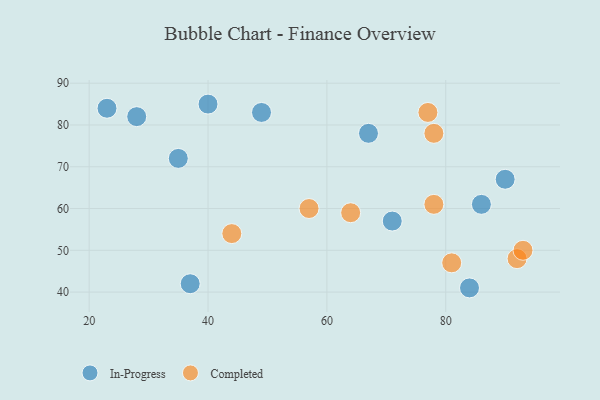
{"axis": {"x": "GDP", "y": "Life Expectancy"}, "legend": ["Completed", "In-Progress"], "data": [{"x": "23", "y": 84, "type": "In-Progress"}, {"x": "90", "y": 67, "type": "In-Progress"}, {"x": "35", "y": 72, "type": "In-Progress"}, {"x": "28", "y": 82, "type": "In-Progress"}, {"x": "67", "y": 78, "type": "In-Progress"}, {"x": "84", "y": 41, "type": "In-Progress"}, {"x": "37", "y": 42, "type": "In-Progress"}, {"x": "86", "y": 61, "type": "In-Progress"}, {"x": "71", "y": 57, "type": "In-Progress"}, {"x": "40", "y": 85, "type": "In-Progress"}, {"x": "49", "y": 83, "type": "In-Progress"}, {"x": "78", "y": 78, "type": "Completed"}, {"x": "92", "y": 48, "type": "Completed"}, {"x": "93", "y": 50, "type": "Completed"}, {"x": "78", "y": 61, "type": "Completed"}, {"x": "64", "y": 59, "type": "Completed"}, {"x": "44", "y": 54, "type": "Completed"}, {"x": "81", "y": 47, "type": "Completed"}, {"x": "57", "y": 60, "type": "Completed"}, {"x": "77", "y": 83, "type": "Completed"}]}